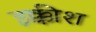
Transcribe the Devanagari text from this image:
इक्कीश